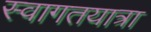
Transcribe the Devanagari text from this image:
स्वागतयात्रा